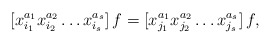
\begin{align*}[x_{i_1}^{a_1}x_{i_2}^{a_2}\dots x_{i_s}^{a_s}]\,f=[x_{j_1}^{a_1}x_{j_2}^{a_2}\dots x_{j_s}^{a_s}]\,f,\end{align*}